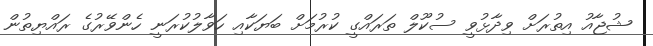
ޝުޖާއު އިތުރަށް ވިދާޅުވީ ސުކޫލް ތަރައްގީ ކުރުމަށް ބަޔަކާއި ހަވާލުކުރަނީ ހެންވޭރުގެ ރައްޔިތުން